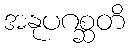
အနုပဂစ္ဆတိ